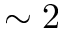
\sim 2